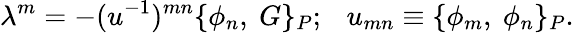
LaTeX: \lambda^{m}=-(u^{-1})^{mn}\{ \phi_{n},\ G\} _{P};\ \ \ u_{mn}\equiv\{ \phi_{m},\ \phi_{n}\} _{P}.